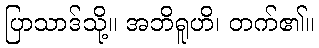
ပြာသာဒ်သို့။ အဘိရူဟိ၊ တက်၏။